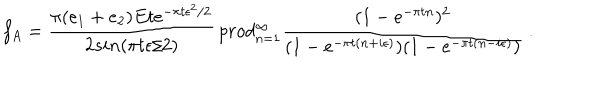
LaTeX: f _ { A } = { \frac { \pi ( e _ { 1 } + e _ { 2 } ) E t e ^ { - \pi t \epsilon ^ { 2 } / 2 } } { 2 s i n ( \pi t \epsilon / 2 ) } } \, p r o d _ { n = 1 } ^ { \infty } { \frac { ( 1 - e ^ { - \pi t n } ) ^ { 2 } } { ( 1 - e ^ { - \pi t ( n + i \epsilon ) } ) ( 1 - e ^ { - \pi t ( n - i \epsilon ) } ) } } \ .